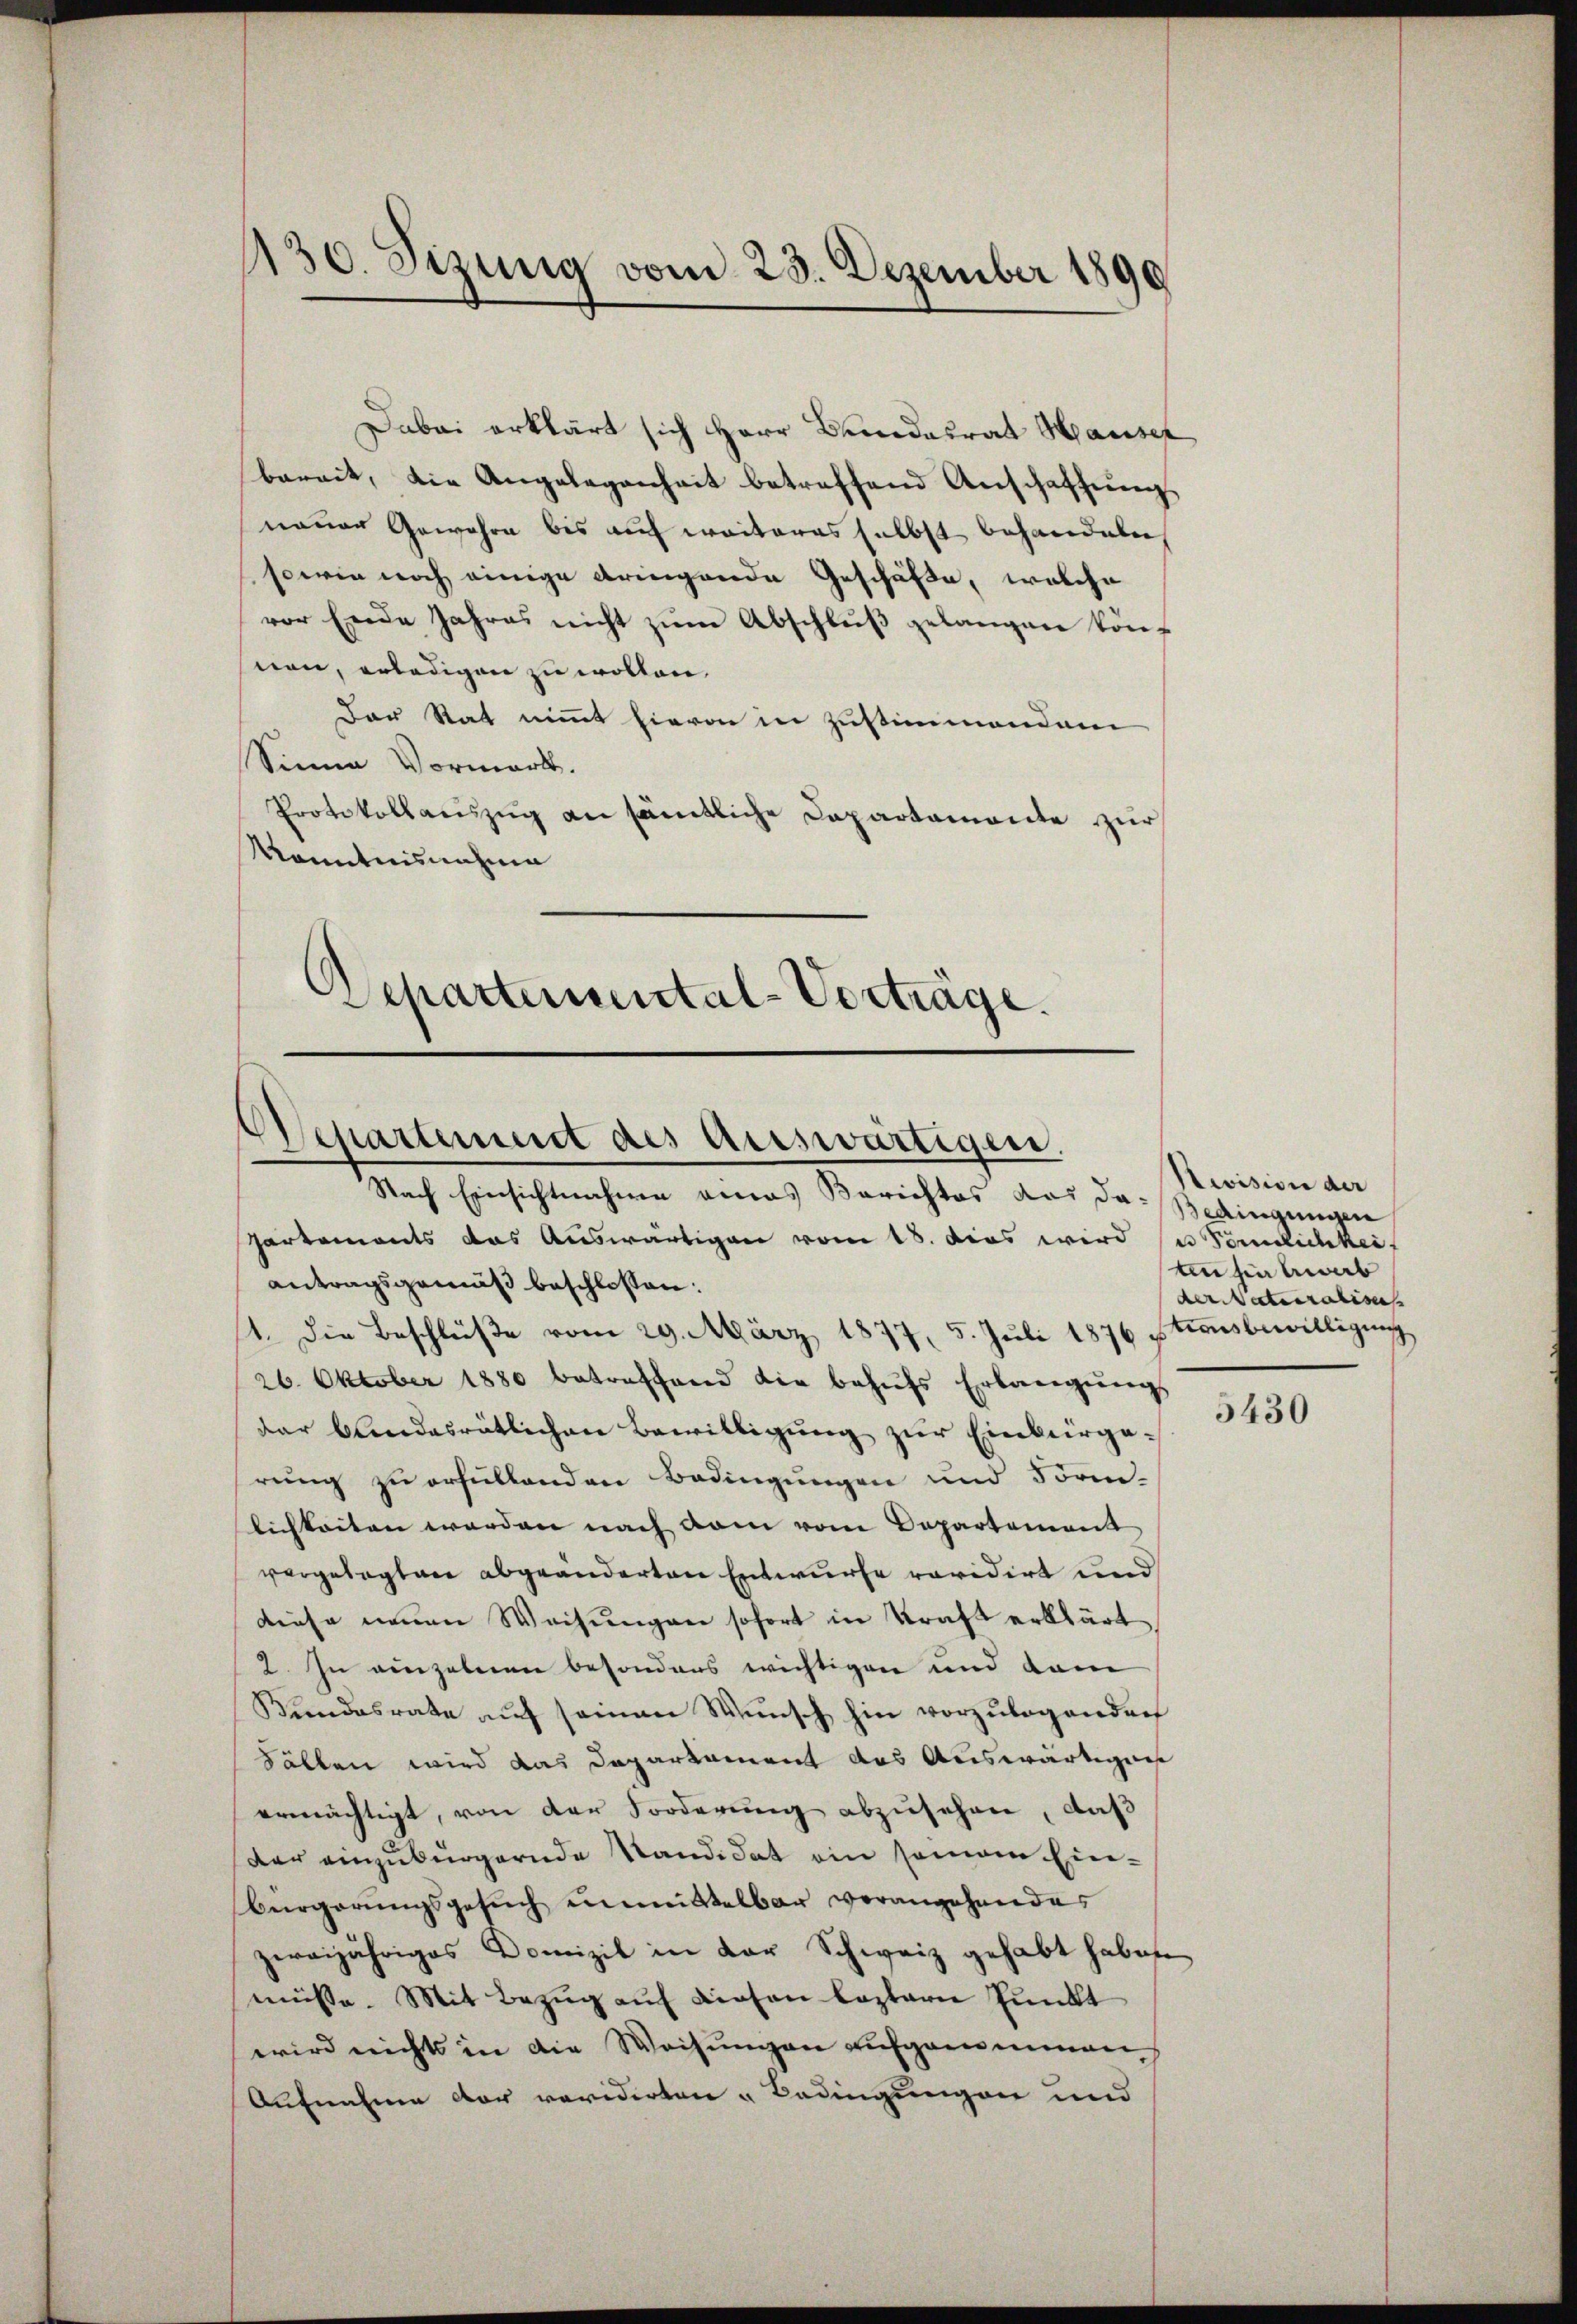
130. Sizung vom 23. Dezember 1890

Dabei erklärt sich Herr Bundesrat Hauser
bereit, die Angelegenheit betreffend Anschaffung
neuen Gewahre bis auf weiteres selbst behandeln
sowie noch einige bringende Geschäfte, welche
vor Ende Jahres nicht zŭm Abschlŭβ gelangen kön
nen, erledigen zu wollen.
Der Rat nimmt hievon in Zustimmendem
Sinne Vormark.
Protokollauszug an sämtliche Departamonte zur
kanntnisnahme
.
Departemental-Vorträge.

Separtement des Auswärtigen.

Nach Einsichtnahme eines Berichtes das da-Bedingungen
partements das Auswärtigen vom 18. dies wird
antragsgemäß beschlossen:
1. Die Beschlüße vom 29. März 1877, 5. Juli 1876 Stionsbewilligung
26. Oktober 1880 betreffend die behŭfs Erlangŭngs
dar blindesrätlichen Bewilligŭng zŭr Einbergerung zu erfüllenden Bedingungen und Form-
lichkeiten werden nach dem vom Departement
vorgelegten abgeänderten Entwurfe revidirt und
diese neuen Weisungen sofort in Kraft erklärt
2. In einzelnen besonders wichtigen und dam
Kundesrate aŭf seinen Wŭnsch hin vorzŭlegendorf
hällen wird das Departament das Auswärtigung
ermächtigt, von der Forderung abzusehen, daß
der einzubürgernde Kandidat ein semain Einbürgerungsgesuch unmittelbar vorangehendes
zereijähriges Domizil in der Schweiz gehabt haben
müsse. Mit Bezug auf diesen leztern Punkt
wird nichts in die Weisungen aufgenommen
Aufnahme der revidirten „Bedingungen und

Nevision der
e Tönnlichkei
un hin lieb
der Naturalis

5430